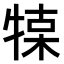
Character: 𤚦